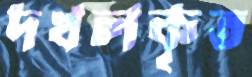
দখলকৃত